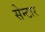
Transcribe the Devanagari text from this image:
सेन्टार